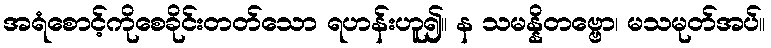
အရံစောင့်ကိုစေခိုင်းတတ်သော ရဟန်းဟူ၍။ န သမန္နိတဗ္ဗော၊ မသမုတ်အပ်။